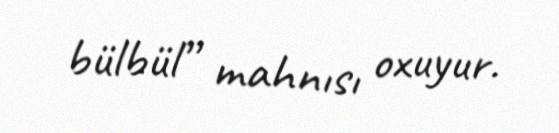
bülbül” mahnısı oxuyur.